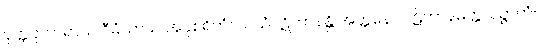
ဝုတ္တပ္ပကာရာယ ဝီမံသာယ အနုစရိတံ။ သယံပဋိဘာနန္တိ အတ္တနော ပဋိဘာနမတ္တသဉ္ဇာတံ။